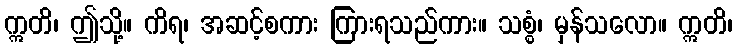
ဣတိ၊ ဤသို့။ ကိရ၊ အဆင့်စကား ကြားရသည်ကား။ သစ္စံ၊ မှန်သလော။ ဣတိ၊